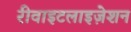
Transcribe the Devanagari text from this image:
रीवाइटलाइज़ेशन